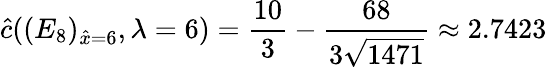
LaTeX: \hat{c}((E_{8})_{\hat{x}=6},\lambda=6)=\frac{10}{3}-\frac{68}{3\sqrt{1471}}\approx 2.7423